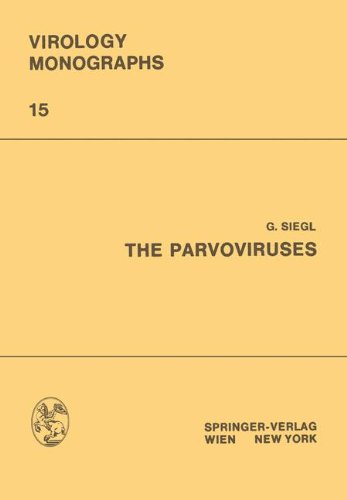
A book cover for The Parvoviruses (Virology Monographs   Die Virusforschung in Einzeldarstellungen) (Volume 15); GÃ¼nter Siegl; Medical Books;